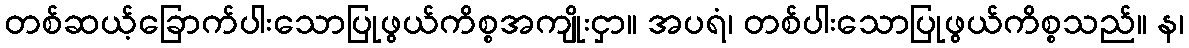
တစ်ဆယ့်ခြောက်ပါးသောပြုဖွယ်ကိစ္စအကျိုးငှာ။ အပရံ၊ တစ်ပါးသောပြုဖွယ်ကိစ္စသည်။ န၊